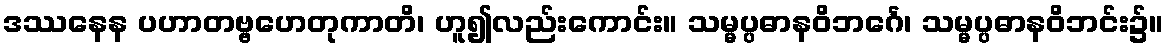
ဒဿနေန ပဟာတဗ္ဗဟေတုကာတိ၊ ဟူ၍လည်းကောင်း။ သမ္မပ္ပဓာနဝိဘင်္ဂေ၊ သမ္မပ္ပဓာနဝိဘင်း၌။